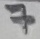
Text: 7